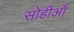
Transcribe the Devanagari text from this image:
सोहीआँ